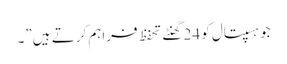
جو ہسپتال کو 24 گھنٹے تحفظ فراہم کرتے ہیں”۔